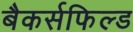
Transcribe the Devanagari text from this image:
बैकर्सफिल्ड